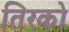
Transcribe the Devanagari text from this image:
तिरको